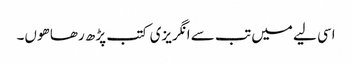
اسی لیے میں تب سے انگریزی کتب پڑھ رھا ھوں۔